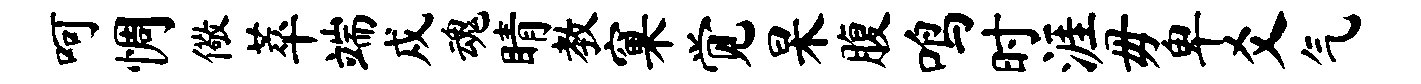
呵惆儆萃端戍魂睛教窠觉杲腹鸣时涯毋卑爻气